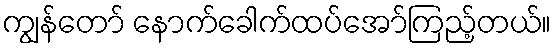
ကျွန်တော် နောက်ခေါက်ထပ်အော်ကြည့်တယ်။